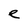
Character: e